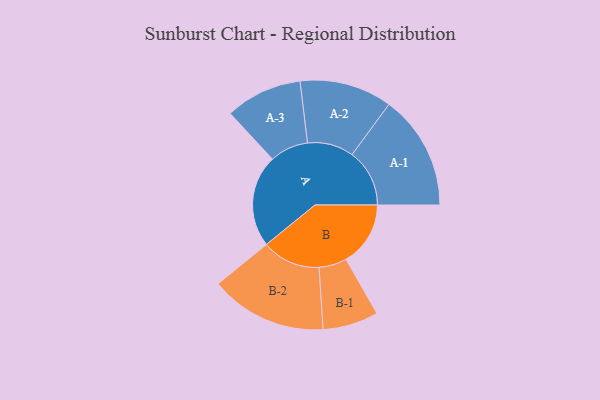
{"axis": {"x": "Segment", "y": "Value"}, "legend": ["", "A", "B"], "data": [{"x": "A", "y": 461, "type": ""}, {"x": "B", "y": 322, "type": ""}, {"x": "A-1", "y": 287, "type": "A"}, {"x": "A-2", "y": 231, "type": "A"}, {"x": "A-3", "y": 192, "type": "A"}, {"x": "B-1", "y": 139, "type": "B"}, {"x": "B-2", "y": 292, "type": "B"}]}